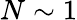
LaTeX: N\sim 1